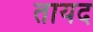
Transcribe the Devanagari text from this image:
तायद